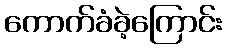
ကောက်ခံခဲ့ကြောင်း